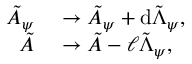
\begin{array} { r l } { \tilde { A } _ { \psi } } & { { } \to \tilde { A } _ { \psi } + \mathrm { d } \tilde { \Lambda } _ { \psi } , } \\ { \tilde { A } } & { { } \to \tilde { A } - \ell \tilde { \Lambda } _ { \psi } , } \end{array}